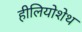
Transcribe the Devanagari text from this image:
हीलियोशेथ